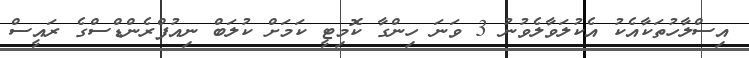
އިސްލާހުތަކާއެކު އެކުލަވާލެވުނު 3 ވަނަ ހިންގާ ކޮމިޓީ ކަމަށް ކުލަބް ނިއުފްރެންޑްސްގެ ރައީސް